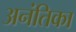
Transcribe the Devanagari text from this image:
अनंतिका